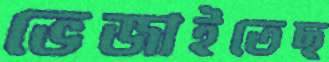
ভেজাইতেছ